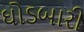
ઘોડબારી